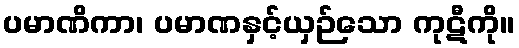
ပမာဏိကာ၊ ပမာဏနှင့်ယှဉ်သော ကုဋီကို။